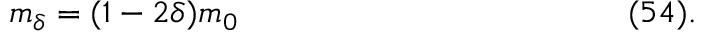
m _ { \delta } = ( 1 - 2 \delta ) m _ { 0 } \eqno ( 5 4 ) .